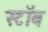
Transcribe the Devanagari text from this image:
स्टॉब